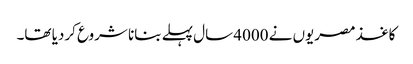
کاغذ مصریوں نے 4000 سال پہلے بنانا شروع کردیا تھا۔